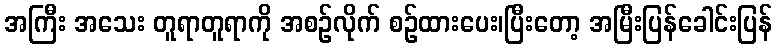
အကြီး အသေး တူရာတူရာကို အစဉ်လိုက် စဉ်ထားပေး၊ပြီးတော့ အမြီးပြန်ခေါင်းပြန်